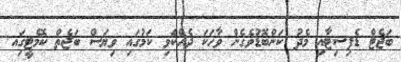
ބަޖެޓް ޑެފިސިޓާއި މެދު ކަންބޮޑުވެގެން ވާހަކަ ދެއްކަެވި ކަމުގައި ވިޔަސް ބަޖެތް ކޮމެޓީގަިއ